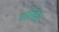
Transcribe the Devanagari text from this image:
रूस्किय्